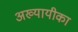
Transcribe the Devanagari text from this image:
अख्यायीका